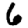
Digit: 6